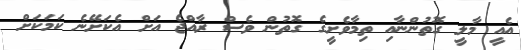
އެއީ މާލީ ގޮތުންނާއި ތިމާވެށީގެ ގޮތުން ވެސް ރާއްޖެ އަށް އެކަށޭނެ ކަމަކަށް